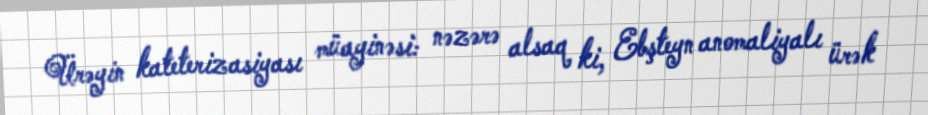
Ürəyin kateterizasiyası müayinəsi: nəzərə alsaq ki, Ebşteyn anomaliyalı ürək